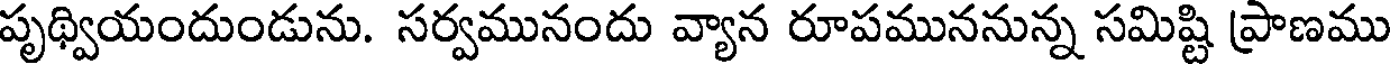
పృథ్వియందుండును. సర్వమునందు వ్యాన రూపముననున్న సమిష్టి ప్రాణము